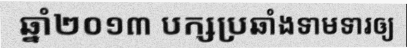
ឆ្នាំ២០១៣ បក្សប្រឆាំងទាមទារឲ្យ